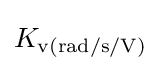
K_{\text{v(rad/s/V)}}